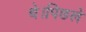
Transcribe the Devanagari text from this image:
थे।पिछले